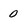
Character: 0